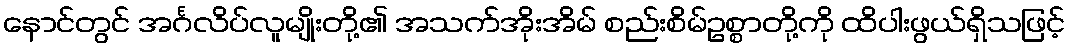
နောင်တွင် အင်္ဂလိပ်လူမျိုးတို့၏ အသက်အိုးအိမ် စည်းစိမ်ဥစ္စာတို့ကို ထိပါးဖွယ်ရှိသဖြင့်